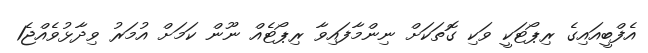
އެފްބީއައިގެ ރިޕޯޓަކީ ވަކި ގޮތަކަށް ނިންމާފައިވާ ރިޕޯޓެއް ނޫން ކަމަށް އުމަރު ވިދާޅުވެއްޖެ1